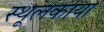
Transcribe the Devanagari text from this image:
स्थूलकाया